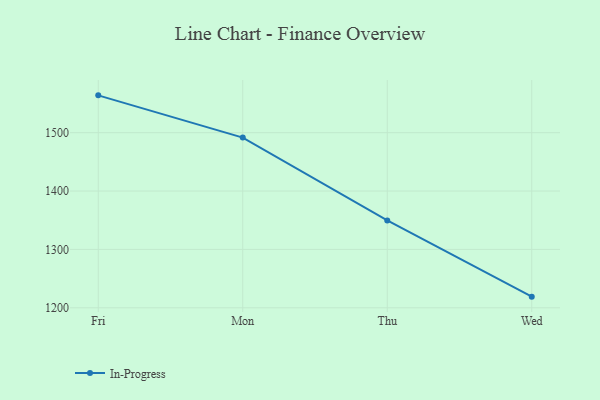
{"axis": {"x": "Day", "y": "Production Output"}, "legend": ["In-Progress"], "data": [{"x": "Fri", "y": 1563.9, "type": "In-Progress"}, {"x": "Mon", "y": 1491.6, "type": "In-Progress"}, {"x": "Thu", "y": 1349.6, "type": "In-Progress"}, {"x": "Wed", "y": 1219.1, "type": "In-Progress"}]}